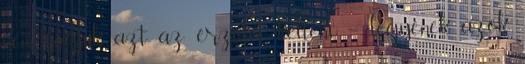
nem fogjuk azt az érzetet kelteni – legyenek azok